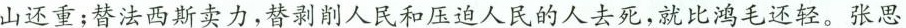
山还重；替法西斯卖力，替剥削人民和压迫人民的人去死，就比鸿毛还轻。张思